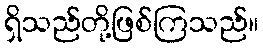
ရှိသည်တို့ဖြစ်ကြသည်။